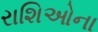
રાશિઓના